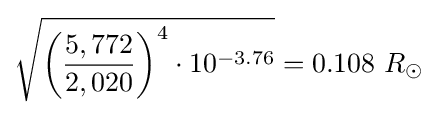
{\sqrt {{\biggl (}{\frac {5,772}{2,020}}{\biggr )}^{4}\cdot 10^{-3.76}}}=0.108\ R_{\odot }